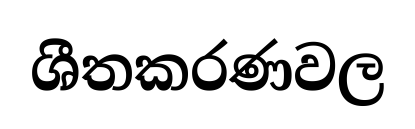
ශීතකරණවල